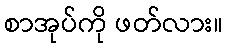
စာအုပ်ကို ဖတ်လား။